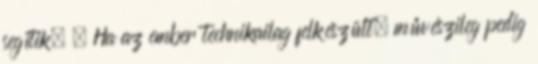
segítik. – Ha az ember technikailag felkészült, művészileg pedig